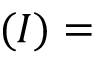
\mathbf { ( } I ) =